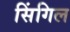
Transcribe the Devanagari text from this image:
सिंगिल